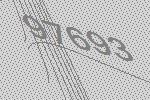
97693